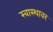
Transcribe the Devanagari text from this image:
स्वास्थावर